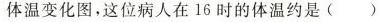
体温变化图，这位病人在16时的体温约是()